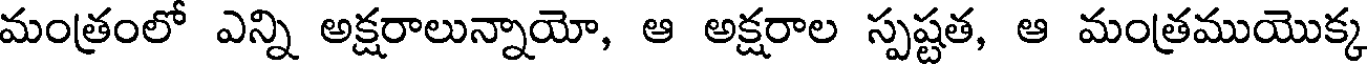
మంత్రంలో ఎన్ని అక్షరాలున్నాయో, ఆ అక్షరాల స్పష్టత, ఆ మంత్రముయొక్క